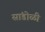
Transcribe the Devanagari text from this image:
सांडोळी